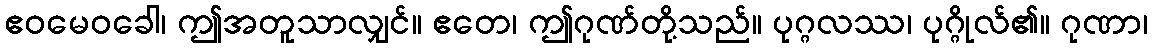
ဧဝမေဝခေါ၊ ဤအတူသာလျှင်။ ဧတေ၊ ဤဂုဏ်တို့သည်။ ပုဂ္ဂလဿ၊ ပုဂ္ဂိုလ်၏။ ဂုဏာ၊